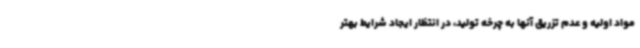
مواد اولیه و عدم تزریق آنها به چرخه تولید، در انتظار ایجاد شرایط بهتر